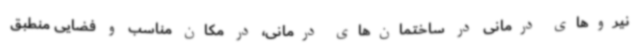
نیروهای درمانی در ساختمان‌های درمانی، در مکان مناسب و فضایی منطبق